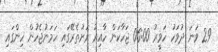
29 ވަނަ ދުވަހު ހަވީރު 06:00 ޖަހާކަން ހާއިރު ރަށުތެރޭގައި ހަމަނުޖެހުން ހިންގައި